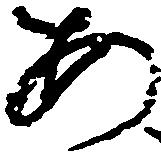
あ